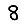
Digit: 8